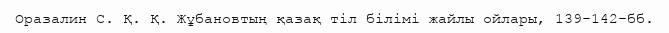
Оразалин С. Қ. Қ. Жұбановтың қазақ тіл білімі жайлы ойлары, 139-142-бб.